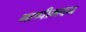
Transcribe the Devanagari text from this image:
भाष्पीभवन